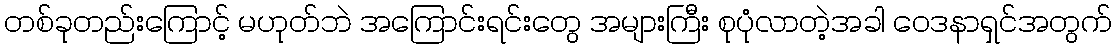
တစ်ခုတည်းကြောင့် မဟုတ်ဘဲ အကြောင်းရင်းတွေ အများကြီး စုပုံလာတဲ့အခါ ဝေဒနာရှင်အတွက်